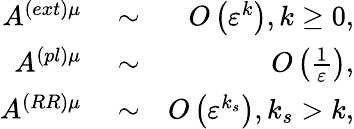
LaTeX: \begin{array}{rlr}{A^{\left(ext\right)\mu}}&{{}\sim}&{O\left(\varepsilon^{k}\right),k\geq 0,}\\ {A^{\left(pl\right)\mu}}&{{}\sim}&{O\left(\frac{1}{\varepsilon}\right),}\\ {A^{\left(RR\right)\mu}}&{{}\sim}&{O\left(\varepsilon^{k_{s}}\right),k_{s}>k,}\end{array}